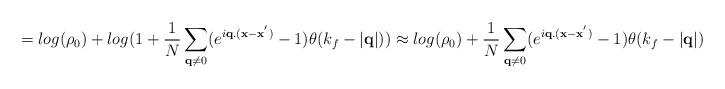
LaTeX: \begin{align*}= log(\rho_{0}) + log(1 + \frac{1}{N}\sum_{ {\bf{q}} \neq 0 }(e^{i{\bf{q}}.({\bf{x}}-{\bf{x}}^{'})} - 1)\theta(k_{f} - |{\bf{q}}|)) \approx log(\rho_{0}) + \frac{1}{N}\sum_{ {\bf{q}} \neq 0 }(e^{i{\bf{q}}.({\bf{x}}-{\bf{x}}^{'})} - 1)\theta(k_{f} - |{\bf{q}}|)\end{align*}